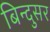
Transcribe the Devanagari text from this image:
बिन्दुसर